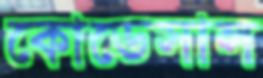
কোডেসাল